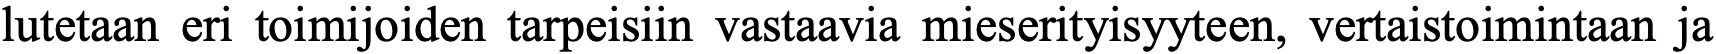
lutetaan eri toimijoiden tarpeisiin vastaavia mieserityisyyteen, vertaistoimintaan ja